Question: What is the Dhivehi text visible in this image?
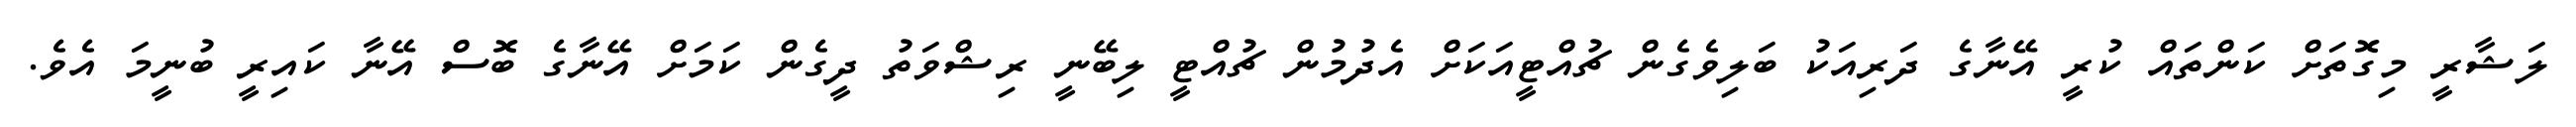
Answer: ލަޝާރީ މިގޮތަށް ކަންތައް ކުރީ އޭނާގެ ދަރިއަކު ބަލިވެގެން ޗުއްޓީއަކަށް އެދުމުން ޗުއްޓީ ލިބޭނީ ރިޝްވަތު ދީގެން ކަމަށް އޭނާގެ ބޮސް އޭނާ ކައިރީ ބުނީމަ އެވެ.